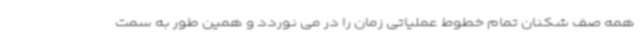
همه صف شکنان تمام خطوط عملیاتی زمان را در می نوردد و همین طور به سمت